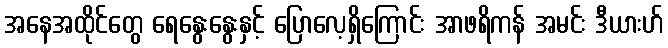
အနေအထိုင်တွေ ရေနွေးနွေးနှင့် ပြောလေ့ရှိကြောင်း အာဖရိကန် အမင်း ဒီယားဟ်